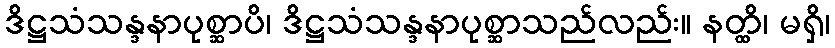
ဒိဋ္ဌသံသန္ဒနာပုစ္ဆာပိ၊ ဒိဋ္ဌသံသန္ဒနာပုစ္ဆာသည်လည်း။ နတ္ထိ၊ မရှိ၊